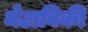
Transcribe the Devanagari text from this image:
मेटाविकी